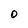
Character: O